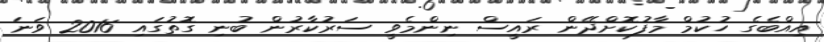
އިއްބެގެ ހުކުމް މާފުކޮށްދޭން ރައީސް ނިންމެވީ ސަރުކާރުން ބުނި ގޮތުގައި 2016 ވަނަ